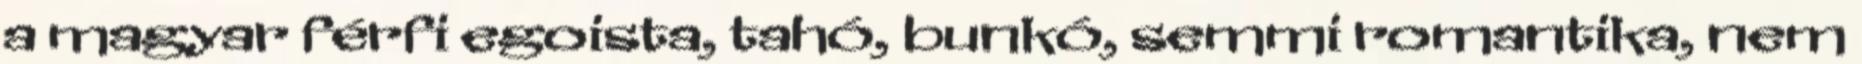
a magyar férfi egoista, tahó, bunkó, semmi romantika, nem